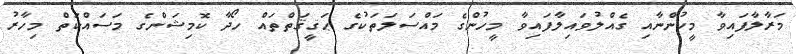
މަރާލާފައިވާ މީހުންނާއި ގެއްލުވައިލާފައިވާ މީހުންގެ މައްސަލަތަކުގެ ޙަޤީޤަތްތައް ހޯދާ ކޮމިޝަންގެ މަސައްކަތް މިހާރު